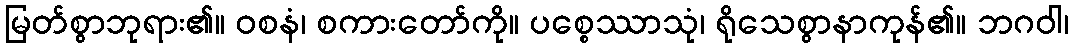
မြတ်စွာဘုရား၏။ ဝစနံ၊ စကားတော်ကို။ ပစ္စေဿာသုံ၊ ရိုသေစွာနာကုန်၏။ ဘဂဝါ၊